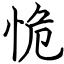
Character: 恑